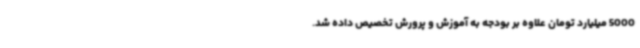
5000 میلیارد تومان علاوه بر بودجه به آموزش و پرورش تخصیص داده شد.